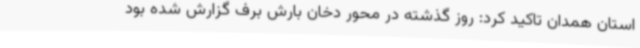
استان همدان تاکید کرد: روز گذشته در محور دخان بارش برف گزارش شده بود